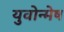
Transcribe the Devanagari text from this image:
युवोन्मेष